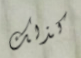
كذلك